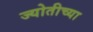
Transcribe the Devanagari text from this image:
ज्योतीच्या